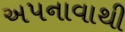
અપનાવાથી